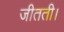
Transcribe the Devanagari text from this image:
जीतती।